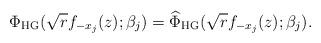
LaTeX: \begin{align*}\Phi_{\mathrm{HG}}(\sqrt{r}f_{-x_{j}}(z);\beta_{j}) = \widehat{\Phi}_{\mathrm{HG}}(\sqrt{r}f_{-x_{j}}(z);\beta_{j}).\end{align*}